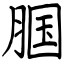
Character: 腘